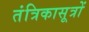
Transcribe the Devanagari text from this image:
तंत्रिकासूत्रों